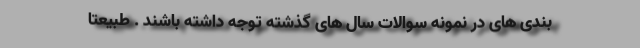
بندی های در نمونه سوالات سال های گذشته توجه داشته باشند . طبیعتا